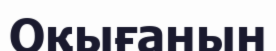
Оқығанын